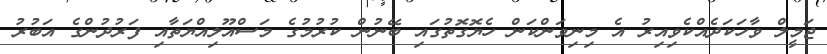
ޖަމީލް ވާހަކަދެއްކެވިއިރު އެ މިނިވަންކަން ހެޔޮގޮތުގައި ބޭނުން ކުރުމުގެ މަސްއޫލިއްޔަތާއި ފަރުދުންގެ އަބުރު